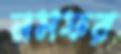
নসফর